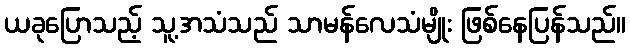
ယခုပြောသည့် သူ့အသံသည် သာမန်လေသံမျိုး ဖြစ်နေပြန်သည်။